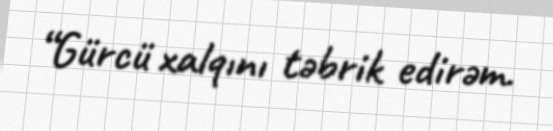
“Gürcü xalqını təbrik edirəm.